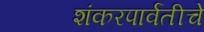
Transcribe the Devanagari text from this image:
शंकरपार्वतीचे